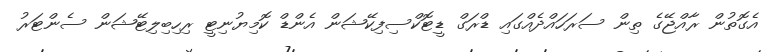
އެގޮތުން ރާއްޖޭގެ ތިން ސަރަހައްދެއްގައި ޑްރަގް ޑީޓޮކްސިފިކޭޝަން އެންޑް ކޮމިޔުނިޓީ ރިހިބިލިޓޭޝަން ސެންޓަރު